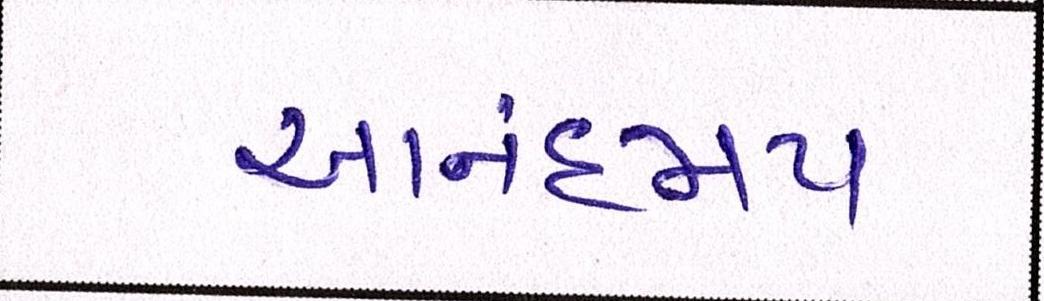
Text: આનંદમય